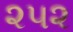
૨૫૨